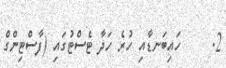
2.     ހައިބަނޑާއި ހުރެ ހަދާ ޓެސްޓުގައި (ފާސްޓިންގް